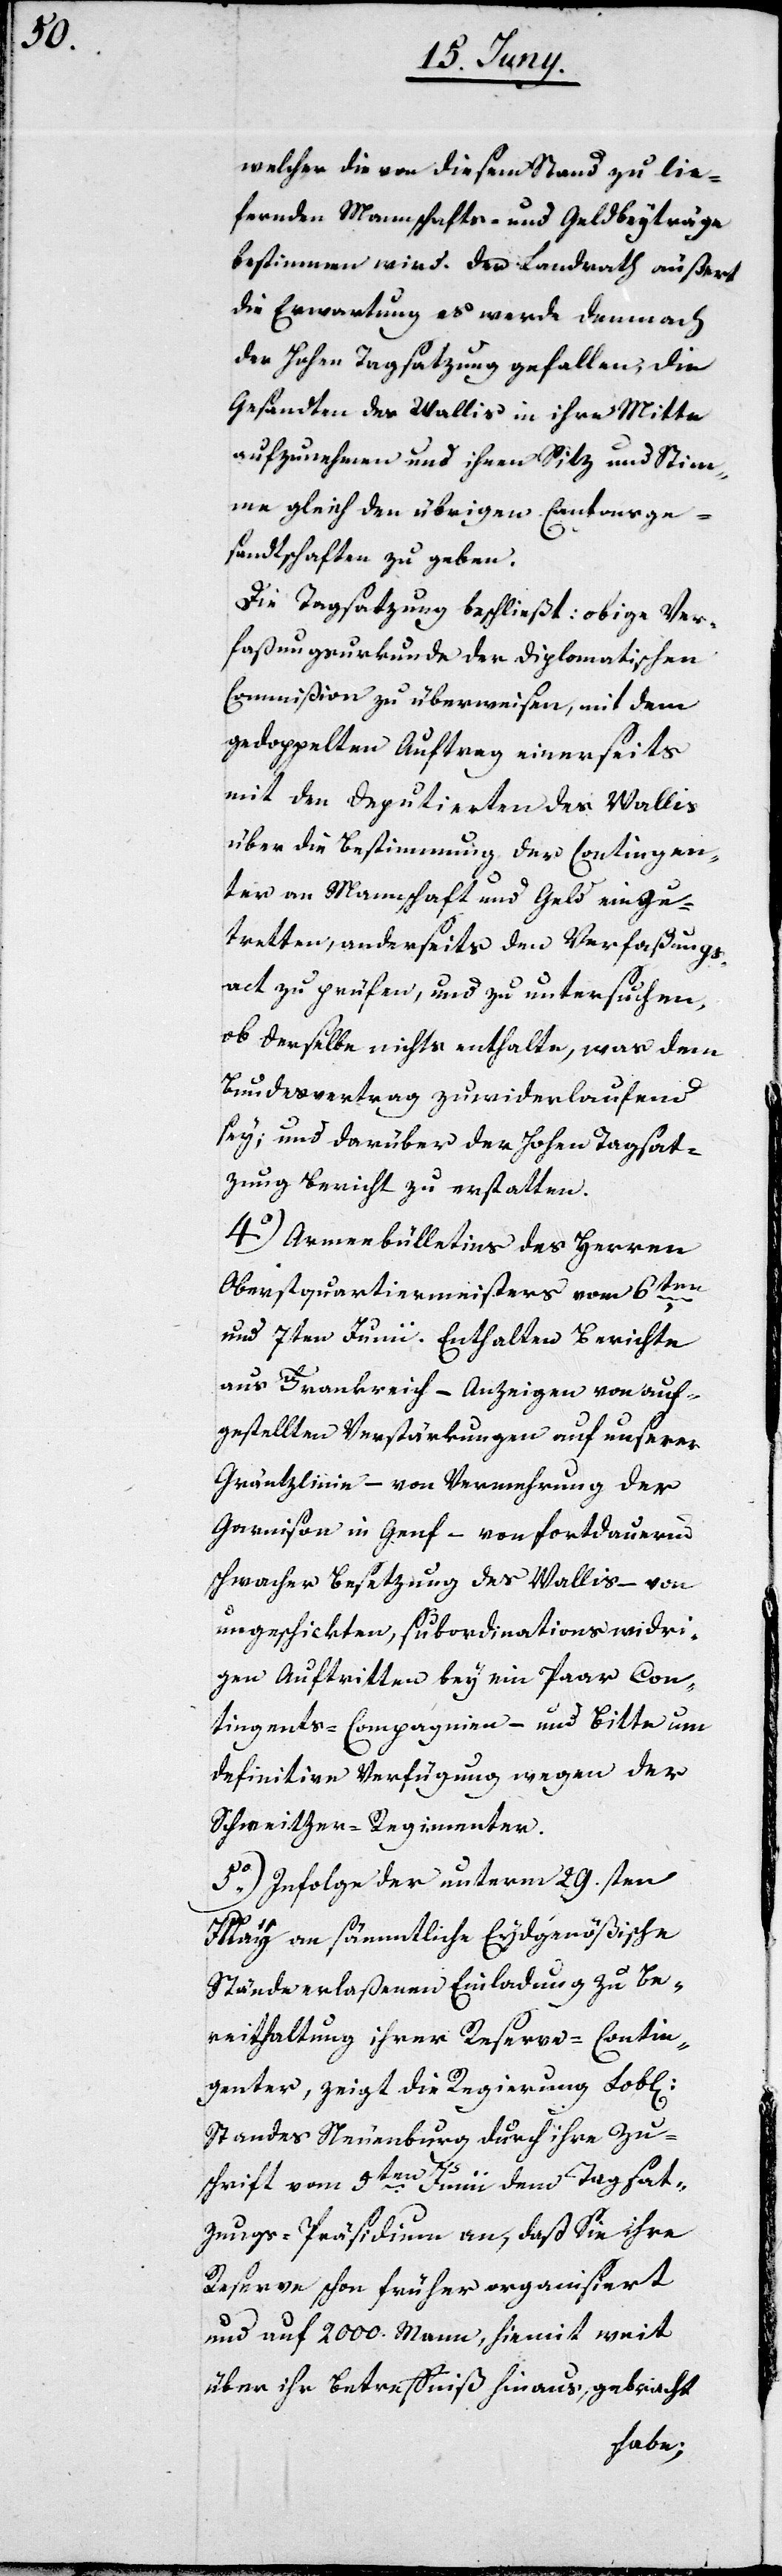
welcher die von diesem Stand zu lie¬
fernden Mannschafts- und Geldbeyträge
bestimmen wird. Der Landrath äußert
die Erwartung es werde demnach
der Hohen Tagsatzung gefallen, die
Gesandten des Wallis in ihre Mitte
aufzunehmen und ihnen Sitz und Stim¬
me gleich den übrigen Cantonsge¬
sandtschaften zu geben.
Die Tagsatzung beschließt: obige Ver¬
faßungsurkunde der Diplomatischen
Commißion zu überweisen, mit dem
gedoppelten Auftrag einerseits
mit dem Deputierten des Wallis
über die Bestimmung der Contingen¬
ter an Mannschaft und Geld einzu¬
tretten, anderseits den Verfügungs¬
act zu prüfen, und zu untersuchen,
ob derselbe nichts enthalte, was dem
Bundesvertrag zuwiderlaufend
sey; und darüber der Hohen Tagsat¬
zung Bericht zu erstatten.
4o Armeebülletins des Herren
Oberstquartiermeisters vom 6ten
und 7ten Junii. Enthalten Berichte
aus Frankreich – Anzeigen von auf¬
gestellten Verstärkungen auf unserer
Gräntzlinie – von Vermehrung der
Garnison in Genf – von fortdauernd
schwacher Besetzung des Wallis – von
ungeschickten, subordinationswidri¬
gen Auftritten bey ein Paar Con¬
tingents-Compagnien – und Bitte um
definitive Verfügung wegen der
Schweitzer-Regimenter.
5o Infolge der unterm 29.sten
May an sämmtliche Eydgenößische
Stände erlaßenen Einladung zu Be¬
reithaltung ihrer Reserve-Contin¬
genter, zeigt die Regierung Lob[li¬
Standes Neuenburg durch ihre Zu¬
schrift vom 9ten Junii dem Tagsat¬
zungs-Präsidium an, daß sie ihre
Reserve schon früher organisiert
und auf 2000. Mann, hiemit weit
über ihr Betreffniß hinaus, gebracht
chen]